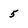
Character: 5